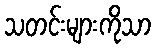
သတင်းများကိုသာ